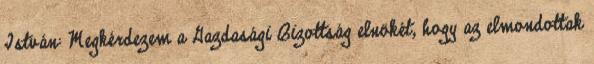
István: Megkérdezem a Gazdasági Bizottság elnökét, hogy az elmondottak